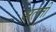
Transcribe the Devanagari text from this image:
अल्ती